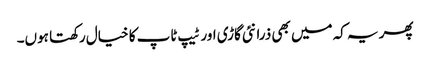
پھر یہ کہ میں بھی ذرا نئی گاڑی اور ٹیپ ٹاپ کا خیال رکھتا ہوں۔